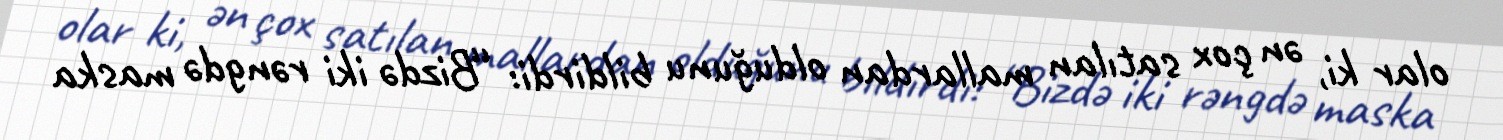
olar ki, ən çox satılan mallardan olduğunu bildirdi: “Bizdə iki rəngdə maska